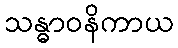
သန္ဓာဝနိကာယ